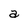
Character: a